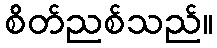
စိတ်ညစ်သည်။